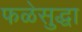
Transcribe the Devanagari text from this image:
फळेसुद्धा